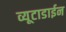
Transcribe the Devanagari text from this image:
व्यूटाडाईन